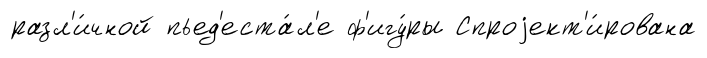
разл'и́чной пьед'еста́л'е ф'игу́ры Спроjект'и́рована